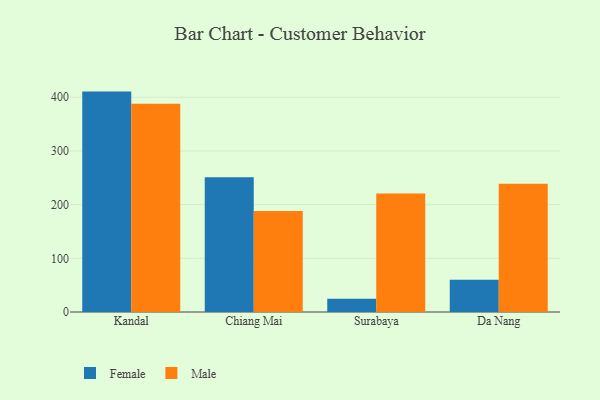
{"axis": {"x": "City", "y": "LTV (USD)"}, "legend": ["Female", "Male"], "data": [{"x": "Kandal", "y": 410.6, "type": "Female"}, {"x": "Kandal", "y": 387.8, "type": "Male"}, {"x": "Chiang Mai", "y": 251.0, "type": "Female"}, {"x": "Chiang Mai", "y": 188.1, "type": "Male"}, {"x": "Surabaya", "y": 24.6, "type": "Female"}, {"x": "Surabaya", "y": 220.6, "type": "Male"}, {"x": "Da Nang", "y": 60.0, "type": "Female"}, {"x": "Da Nang", "y": 239.1, "type": "Male"}]}